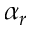
\alpha _ { r }